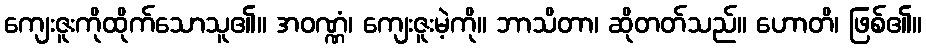
ကျေးဇူးကိုထိုက်သောသူ၏။ အဝဏ္ဏံ၊ ကျေးဇူးမဲ့ကို။ ဘာသိတာ၊ ဆိုတတ်သည်။ ဟောတိ၊ ဖြစ်၏။